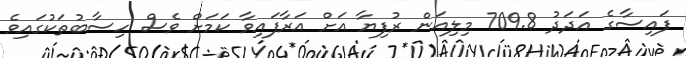
ފައިސާގެ އަދަދު 709.8 މިލިއަން ރުފިޔާ އަށް އަރާފައިވާ ކަމަށް ވެސް ހިސާބުތަކުގައިވެ